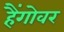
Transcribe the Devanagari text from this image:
हैंगोवर